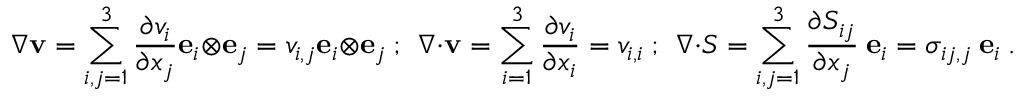
{ \boldsymbol { \nabla } } \mathbf { v } = \sum _ { i , j = 1 } ^ { 3 } { \frac { \partial v _ { i } } { \partial x _ { j } } } \mathbf { e } _ { i } \otimes \mathbf { e } _ { j } = v _ { i , j } \mathbf { e } _ { i } \otimes \mathbf { e } _ { j } ~ ; ~ ~ { \boldsymbol { \nabla } } \cdot \mathbf { v } = \sum _ { i = 1 } ^ { 3 } { \frac { \partial v _ { i } } { \partial x _ { i } } } = v _ { i , i } ~ ; ~ ~ { \boldsymbol { \nabla } } \cdot { \boldsymbol { S } } = \sum _ { i , j = 1 } ^ { 3 } { \frac { \partial S _ { i j } } { \partial x _ { j } } } ~ \mathbf { e } _ { i } = \sigma _ { i j , j } ~ \mathbf { e } _ { i } ~ .